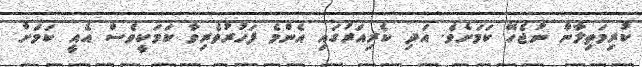
ކުރިމަތިލާން ނުޖެހޭ ކަމަށެވެ. އަދި ކެރިއަރުގައި އެންމެ ފަހުރުވެރިވާ ކަމަކީވެސް އެއީ ކަމަށް